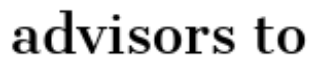
advisors to